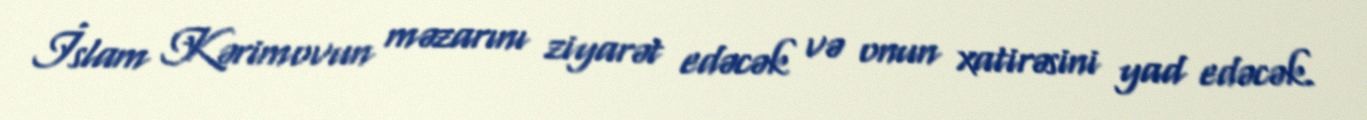
İslam Kərimovun məzarını ziyarət edəcək və onun xatirəsini yad edəcək.